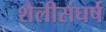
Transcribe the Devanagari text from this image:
शैलीसंघर्ष